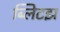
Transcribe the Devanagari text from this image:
ब्लिटझ